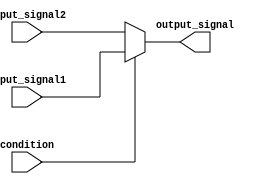
module IfElseBlock (
    input wire condition,
    input wire input_signal1,
    input wire input_signal2,
    output reg output_signal
);

always @(condition or input_signal1 or input_signal2)
begin
    if (condition)
    begin
        // Statements to be executed if condition is true
        output_signal = input_signal1;
    end
    else
    begin
        // Statements to be executed if condition is false
        output_signal = input_signal2;
    end
end

endmodule